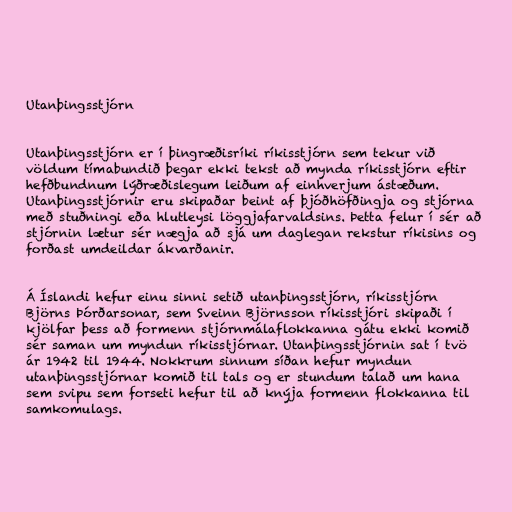
Utanþingsstjórn

Utanþingsstjórn er í þingræðisríki ríkisstjórn sem tekur við
völdum tímabundið þegar ekki tekst að mynda ríkisstjórn eftir
hefðbundnum lýðræðislegum leiðum af einhverjum ástæðum.
Utanþingsstjórnir eru skipaðar beint af þjóðhöfðingja og stjórna
með stuðningi eða hlutleysi löggjafarvaldsins. Þetta felur í sér að
stjórnin lætur sér nægja að sjá um daglegan rekstur ríkisins og
forðast umdeildar ákvarðanir.

Á Íslandi hefur einu sinni setið utanþingsstjórn, ríkisstjórn
Björns Þórðarsonar, sem Sveinn Björnsson ríkisstjóri skipaði í
kjölfar þess að formenn stjórnmálaflokkanna gátu ekki komið
sér saman um myndun ríkisstjórnar. Utanþingsstjórnin sat í tvö
ár 1942 til 1944. Nokkrum sinnum síðan hefur myndun
utanþingsstjórnar komið til tals og er stundum talað um hana
sem svipu sem forseti hefur til að knýja formenn flokkanna til
samkomulags.